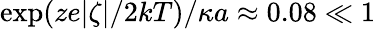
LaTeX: \mathrm{exp}(ze|\zeta|/2kT)/\kappa a\approx 0.08\ll 1